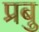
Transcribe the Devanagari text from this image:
प्रबु